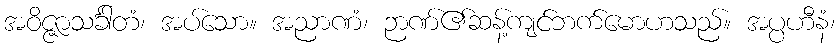
အဝိဇ္ဇာသင်္ခါတံ၊ အပ်သော။ အညာဏံ၊ ဉာဏ်၏ဆန့်ကျင်ဘက်မောဟသည်။ အပ္ပဟီနံ၊